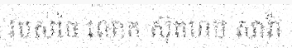
របស់ថៃ លោក ស៊ុតហម សារ៉ា